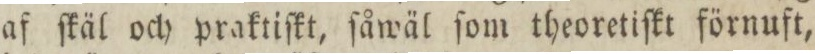
af ſkäl och praktiſkt, ſåwäl ſom theoretiſkt förnuft,